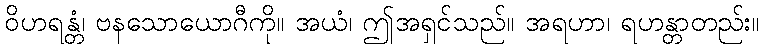
ဝိဟရန္တံ၊ ဗနသောယောဂီကို။ အယံ၊ ဤအရှင်သည်။ အရဟာ၊ ရဟန္တာတည်း။